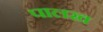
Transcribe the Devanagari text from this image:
पालख